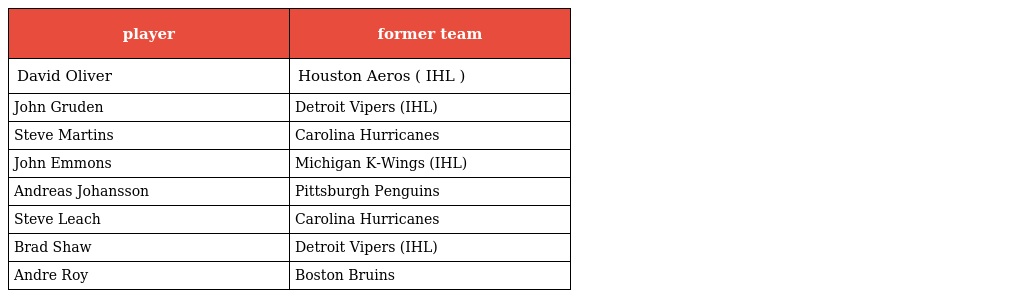
| player | former team |
 | --- | --- |
 | David Oliver | Houston Aeros ( IHL ) |
 | John Gruden | Detroit Vipers (IHL) |
 | Steve Martins | Carolina Hurricanes |
 | John Emmons | Michigan K-Wings (IHL) |
 | Andreas Johansson | Pittsburgh Penguins |
 | Steve Leach | Carolina Hurricanes |
 | Brad Shaw | Detroit Vipers (IHL) |
 | Andre Roy | Boston Bruins |